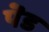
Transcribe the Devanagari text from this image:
पॆड